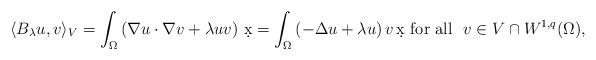
LaTeX: \begin{align*}\langle B_\lambda u,v\rangle_V =\int_\Omega \left( \nabla u\cdot\nabla v + \lambda uv \right)\,\d x= \int_\Omega \left( -\Delta u + \lambda u \right) v \, \d x\mbox{ for all } \ v\in V \cap W^{1,q}(\Omega),\end{align*}